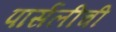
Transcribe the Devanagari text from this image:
पार्सलीची